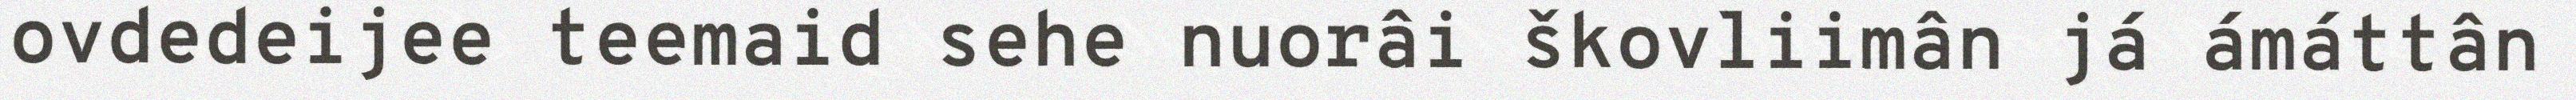
ovdedeijee teemaid sehe nuorâi škovliimân já ámáttân